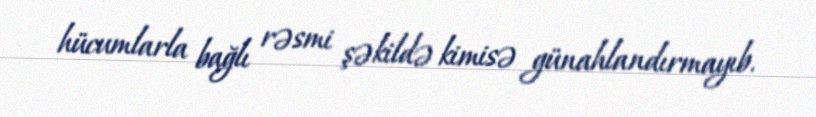
hücumlarla bağlı rəsmi şəkildə kimisə günahlandırmayıb.